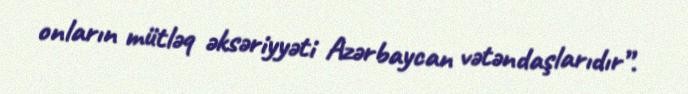
onların mütləq əksəriyyəti Azərbaycan vətəndaşlarıdır”.